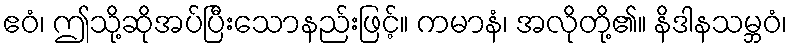
ဧဝံ၊ ဤသို့ဆိုအပ်ပြီးသောနည်းဖြင့်။ ကမာနံ၊ အလိုတို့၏။ နိဒါနသမ္ဘဝံ၊